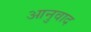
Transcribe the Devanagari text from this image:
आनुवाद